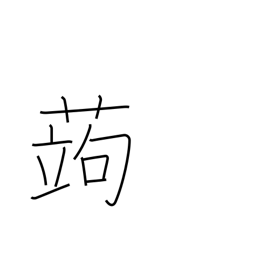
Meaning: devil's tongue (plant)